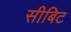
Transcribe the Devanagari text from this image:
सीबिट